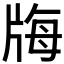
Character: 𤗆